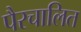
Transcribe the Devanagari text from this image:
पैरचालित